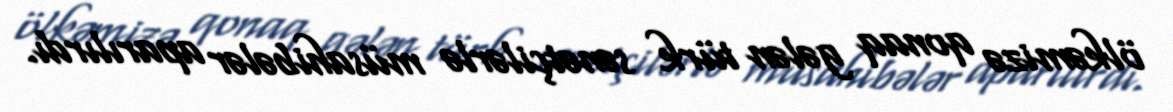
ölkəmizə qonaq gələn türk sənətçilərlə müsahibələr aparılırdı.